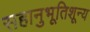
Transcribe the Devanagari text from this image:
सहानुभूतिशून्य